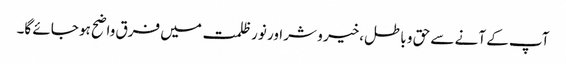
آپ کے آنے سے حق و باطل،خیر و شر اور نور ظلمت میں فرق واضح ہو جائے گا۔